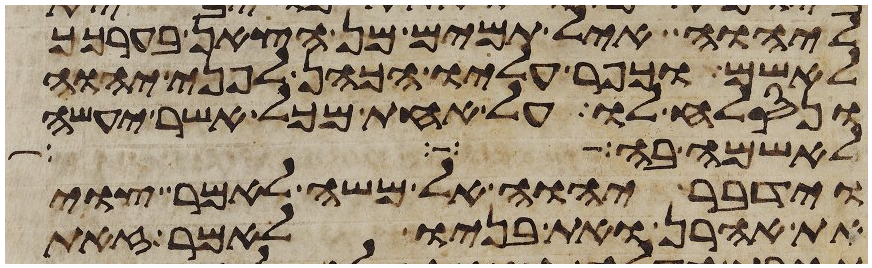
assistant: ליהוה איל תמים מן הצאן בערכך
לאשם וכפר עליו הכהן לפני יהוה
ונסלח לו על אחת מכל אשר יעשה
לאשמה בה
וידבר יהוה אל משה לאמר צוי
את אהרן ואת בניו לאמר זאת